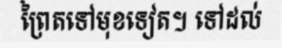
ព្រៃតទៅមុខទៀត។ ទៅដល់